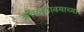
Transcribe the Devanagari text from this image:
ओळखावयाच्या